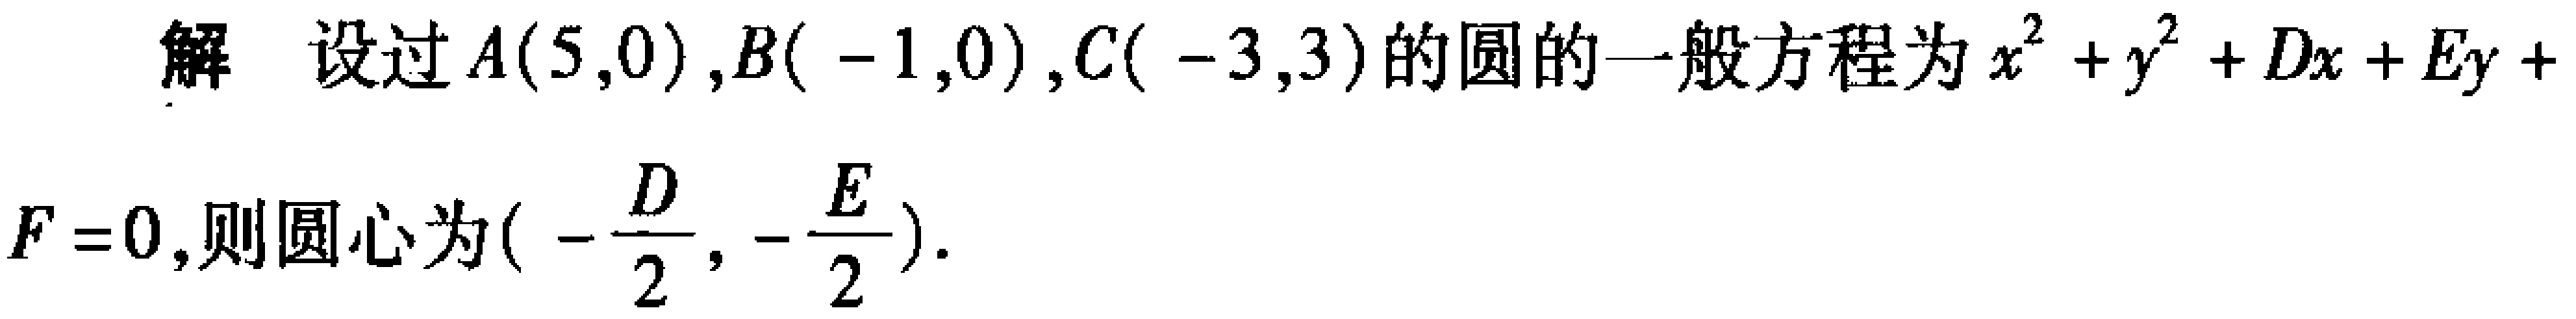
解 设过\(A(5,0),B(-1,0),C(-3,3)\)的圆的一般方程为\(x^{2}+y^{2}+Dx + Ey+F = 0\),则圆心为\((-\frac{D}{2},-\frac{E}{2})\).